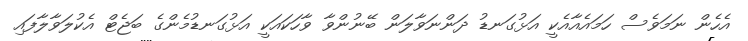
އެހެން ނަމަވެސް ހަމައެއާއެކީ އަޅުގަނޑު ދަންނަވާލަން ބޭނުންވާ ވާހަކައަކީ އަޅުގަނޑުމެންގެ ބަޖެޓް އެކުލަވާލާފައި